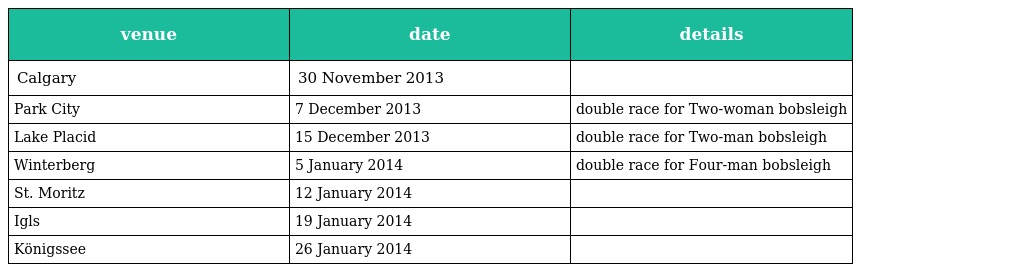
| venue | date | details |
 | --- | --- | --- |
 | Calgary | 30 November 2013 |  |
 | Park City | 7 December 2013 | double race for Two-woman bobsleigh |
 | Lake Placid | 15 December 2013 | double race for Two-man bobsleigh |
 | Winterberg | 5 January 2014 | double race for Four-man bobsleigh |
 | St. Moritz | 12 January 2014 |  |
 | Igls | 19 January 2014 |  |
 | Königssee | 26 January 2014 |  |